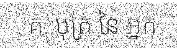
. គ. បុត្រ នៃ អ្នក